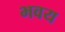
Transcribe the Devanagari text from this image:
भवय